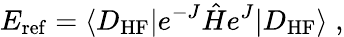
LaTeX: E_{\mathrm{ref}}=\langle D_{\mathrm{HF}}|e^{-J}\hat{H}e^{J}|D_{\mathrm{HF}}\rangle\; ,